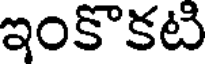
ఇంకొకటి